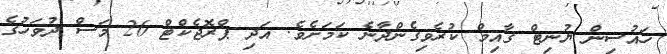
ހައުސިން ޔުނިޓް ގާއިމް ކުރެވިގެންދާނެ ކަމަށެވެ. އަދި ޕްރޮޖެކްޓް 26 މަސް ދުވަހުގެ